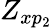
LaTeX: Z_{xp_{2}}